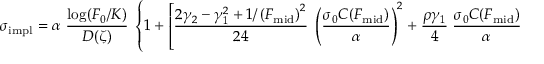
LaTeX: \sigma _ { \mathrm { i m p l } } = \alpha \; { \frac { \log ( F _ { 0 } / K ) } { D ( \zeta ) } } \; \left\{ 1 + \left[ { \frac { 2 \gamma _ { 2 } - \gamma _ { 1 } ^ { 2 } + 1 / \left( F _ { \mathrm { m i d } } \right) ^ { 2 } } { 2 4 } } \; \left( { \frac { \sigma _ { 0 } C ( F _ { \mathrm { m i d } } ) } { \alpha } } \right) ^ { 2 } + { \frac { \rho \gamma _ { 1 } } { 4 } } \; { \frac { \sigma _ { 0 } C ( F _ { \mathrm { m i d } } ) } { \alpha } } + { \frac { 2 - 3 \rho ^ { 2 } } { 2 4 } } \right] \varepsilon \right\} ,